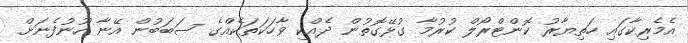
އެމެރިކާގައި ހަތިޔާރު ކޮންޓްރޯލް ކުރުމާ ގުޅޭގޮތުން ދެއްކި ވާހަކަތަކެއްގެ ސަބަބުން އޭނާ ހޫނުފެނަށް